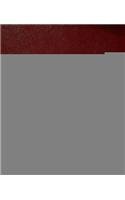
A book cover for Drug and Medical Device Product Liability Deskbook (Litigation Series); James M. Beck; Law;